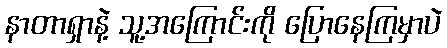
နာတာရှာနဲ့ သူ့အကြောင်းကို ပြောနေကြမှာပဲ